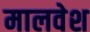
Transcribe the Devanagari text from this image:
मालवेश